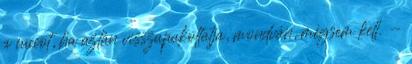
a cuccot, ha aztán visszapakoltatja, mondván, mégsem kell. -